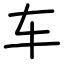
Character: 车